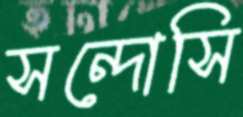
সন্দোসি